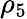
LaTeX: \rho_{5}